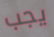
يجب